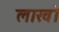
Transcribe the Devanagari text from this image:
लाखॊं